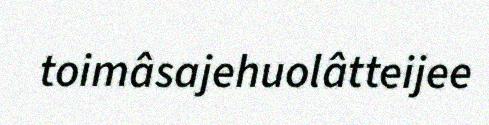
toimâsajehuolâtteijee